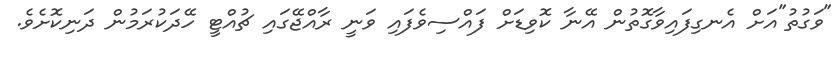
"ވަގުތު"އަށް އެނގިފައިވާގޮތުން އޭނާ ކޮވިޑަށް ފައްސިވެފައި ވަނީ ރާއްޖޭގައި ޗުއްޓީ ހޭދަކުރަމުން ދަނިކޮށެވެ.